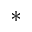
^ \ast